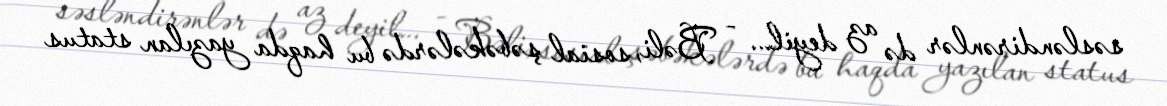
səsləndirənlər də az deyil... - Bəli, sosial şəbəkələrdə bu haqda yazılan status